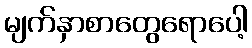
မျက်နှာစာတွေရောပေါ့